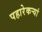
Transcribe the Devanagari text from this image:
पहारेकऱ्यां